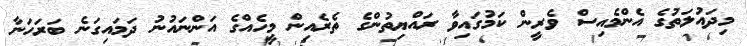
މިދައުލަތުގެ އެންމެއިސް ވެރީން ކަމުގައިވާ ރައްޔިތުންގެ ތެރެއިން މީހެއްގެ އަންނައުނު ދަމައިގަނެ ބަރަހަނާ